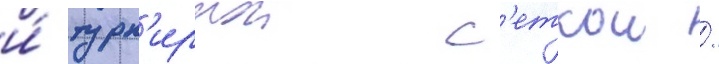
и́ турн'ирнои с'еткои /